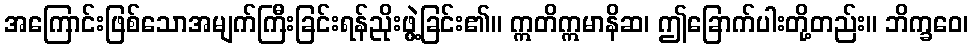
အကြောင်းဖြစ်သောအမျက်ကြီးခြင်းရန်ညိုးဖွဲ့ခြင်း၏။ ဣတိဣမာနိဆ၊ ဤခြောက်ပါးတို့တည်း။ ဘိက္ခဝေ၊